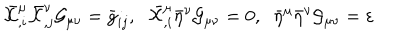
\bar { \cal X } _ { , i } ^ { \mu } \bar { \cal X } _ { , j } ^ { \nu } { \cal G } _ { \mu \nu } = \bar { g } _ { i j } , \; \; \bar { \cal X } _ { , i } ^ { \mu } \bar { \eta } ^ { \nu } { \cal G } _ { \mu \nu } = 0 , \; \; \bar { \eta } ^ { \mu } \bar { \eta } ^ { \nu } { \cal G } _ { \mu \nu } = \varepsilon